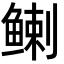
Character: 𬶟